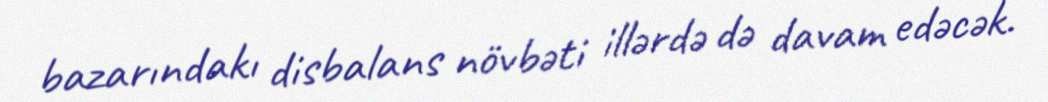
bazarındakı disbalans növbəti illərdə də davam edəcək.